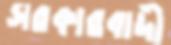
সরকারবাদী